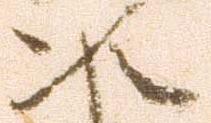
次